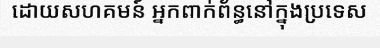
ដោយសហគមន៍ អ្នកពាក់ព័ន្ធនៅក្នុងប្រទេស